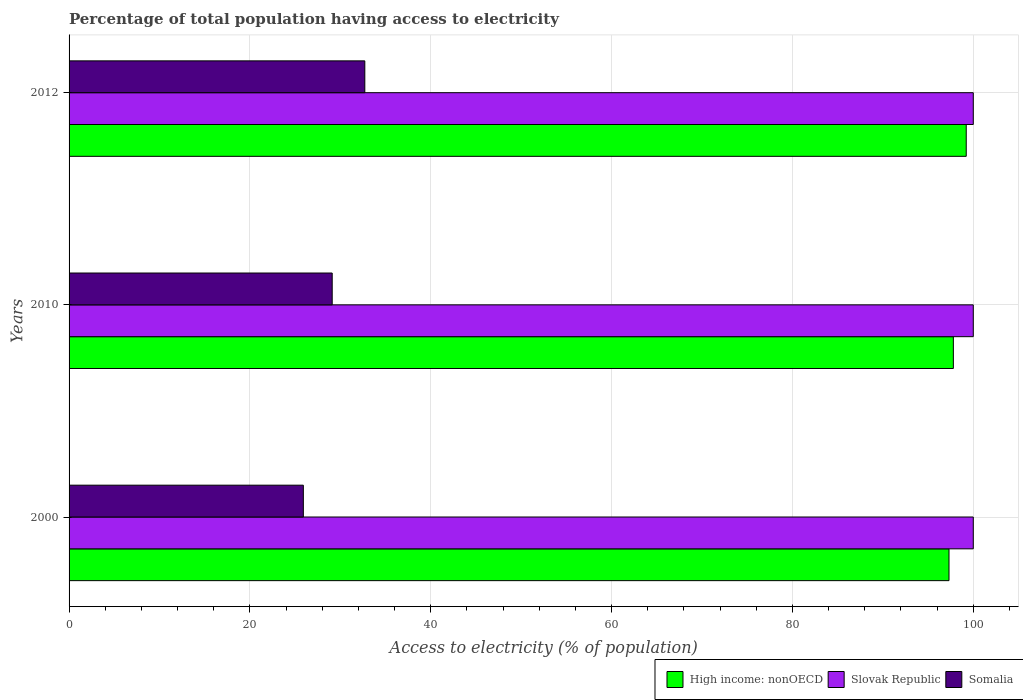
| Years | High income: nonOECD | Slovak Republic | Somalia |
 | --- | --- | --- | --- |
 | 2000 | 97.3 | 100 | 25.9 |
 | 2010 | 97.8 | 100 | 29.1 |
 | 2012 | 99.2 | 100 | 32.7 |